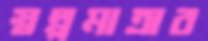
স্বল্পমাত্রার